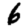
Digit: 6